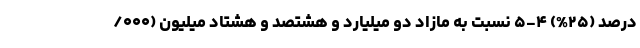
درصد (۲۵%) ۴-۵ نسبت به مازاد دو میلیارد و هشتصد و هشتاد میلیون (۰۰۰/